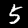
Digit: 5